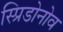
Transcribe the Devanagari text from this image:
स्प्रिडोनोव